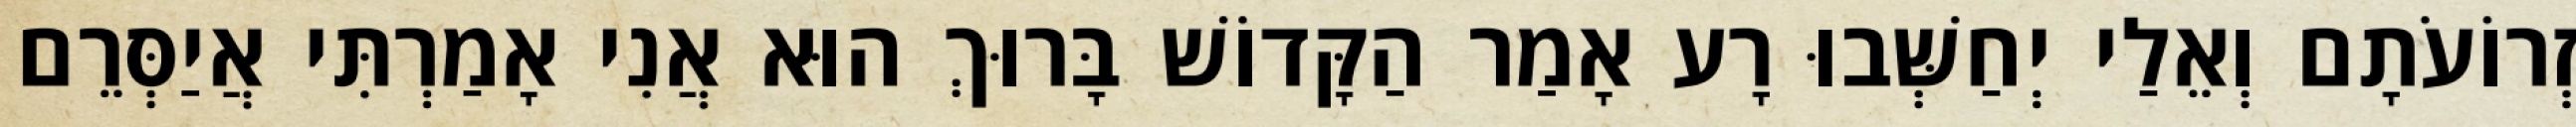
זְרוֹעֹתָם וְאֵלַי יְחַשְּׁבוּ רָע אָמַר הַקָּדוֹשׁ בָּרוּךְ הוּא אֲנִי אָמַרְתִּי אֲיַסְּרֵם